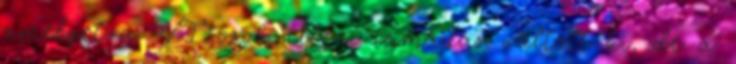
amelyet a VI-osok elleni támadás váltott ki, de a